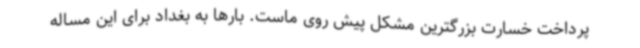
پرداخت خسارت بزرگترین مشکل پیش روی ماست. بارها به بغداد برای این مساله